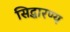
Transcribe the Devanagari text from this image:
सिद्धारण्य